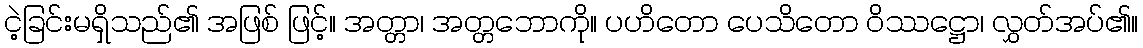
ငဲ့ခြင်းမရှိသည်၏ အဖြစ် ဖြင့်။ အတ္တာ၊ အတ္တဘောကို။ ပဟိတော ပေသိတော ဝိဿဋ္ဌော၊ လွှတ်အပ်၏။